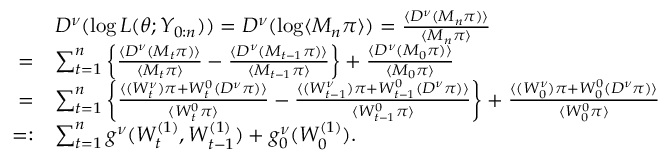
\begin{array} { r l } & { D ^ { \nu } ( \log L ( \theta ; Y _ { 0 : n } ) ) = D ^ { \nu } ( \log \langle M _ { n } \pi \rangle ) = \frac { \langle D ^ { \nu } ( M _ { n } \pi ) \rangle } { \langle M _ { n } \pi \rangle } } \\ { = } & { \sum _ { t = 1 } ^ { n } \left\{ \frac { \langle D ^ { \nu } ( M _ { t } \pi ) \rangle } { \langle M _ { t } \pi \rangle } - \frac { \langle D ^ { \nu } ( M _ { t - 1 } \pi ) \rangle } { \langle M _ { t - 1 } \pi \rangle } \right\} + \frac { \langle D ^ { \nu } ( M _ { 0 } \pi ) \rangle } { \langle M _ { 0 } \pi \rangle } } \\ { = } & { \sum _ { t = 1 } ^ { n } \bigg \{ \frac { \langle ( W _ { t } ^ { \nu } ) \pi + W _ { t } ^ { 0 } ( D ^ { \nu } \pi ) \rangle } { \langle W _ { t } ^ { 0 } \pi \rangle } - \frac { \langle ( W _ { t - 1 } ^ { \nu } ) \pi + W _ { t - 1 } ^ { 0 } ( D ^ { \nu } \pi ) \rangle } { \langle W _ { t - 1 } ^ { 0 } \pi \rangle } \bigg \} + \frac { \langle ( W _ { 0 } ^ { \nu } ) \pi + W _ { 0 } ^ { 0 } ( D ^ { \nu } \pi ) \rangle } { \langle W _ { 0 } ^ { 0 } \pi \rangle } } \\ { = : } & { \sum _ { t = 1 } ^ { n } g ^ { \nu } ( W _ { t } ^ { ( 1 ) } , W _ { t - 1 } ^ { ( 1 ) } ) + g _ { 0 } ^ { \nu } ( W _ { 0 } ^ { ( 1 ) } ) . } \end{array}